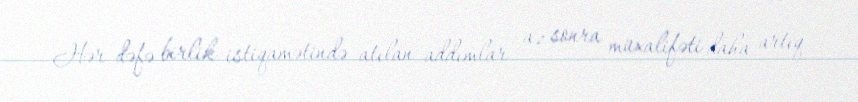
Hər dəfə birlik istiqamətində atılan addımlar az sonra müxalifəti daha artıq